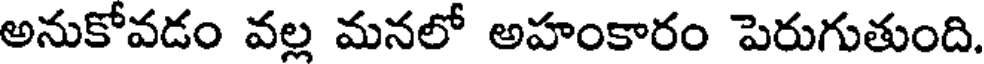
అనుకోవడం వల్ల మనలో అహంకారం పెరుగుతుంది.